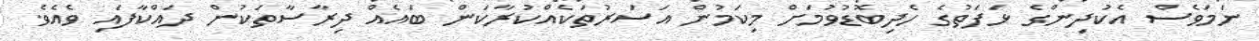
ނަމަވެސް އެކުދިންގެ ޅަފަތުގެ ހެދިބޮޑުވުމަށް މިކަމުން އަސަރުތަކެއްކުރާކަން ބައެއް ދިރާސާތަކުން ދައްކާފައި ވެއެވެ.